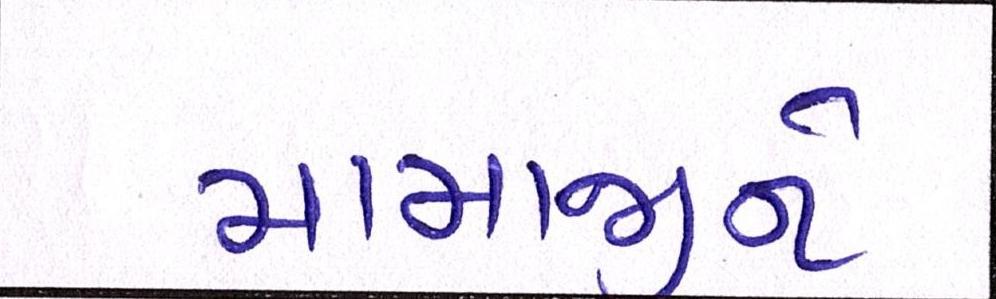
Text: મામાજીને